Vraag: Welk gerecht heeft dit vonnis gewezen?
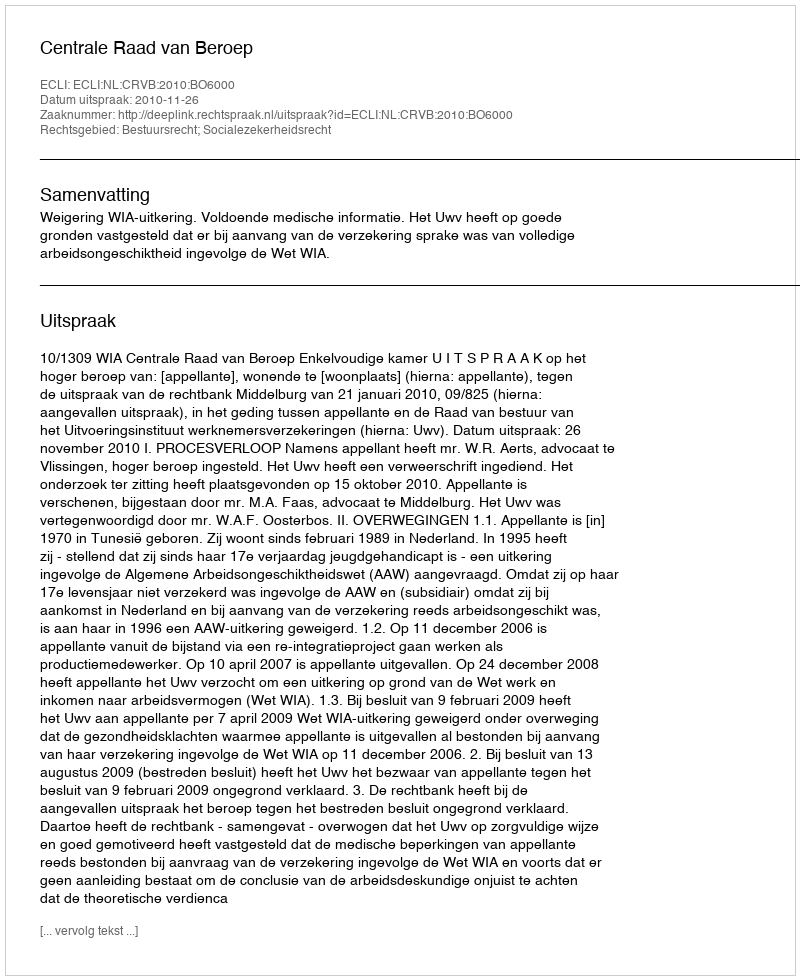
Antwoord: Centrale Raad van Beroep